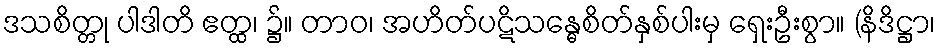
ဒသစိတ္တု ပါဒါတိ ဧတ္ထ၊ ၌။ တာဝ၊ အဟိတ်ပဋိသန္ဓေစိတ်နှစ်ပါးမှ ရှေးဦးစွာ။ (နိဒိဋ္ဌာ၊